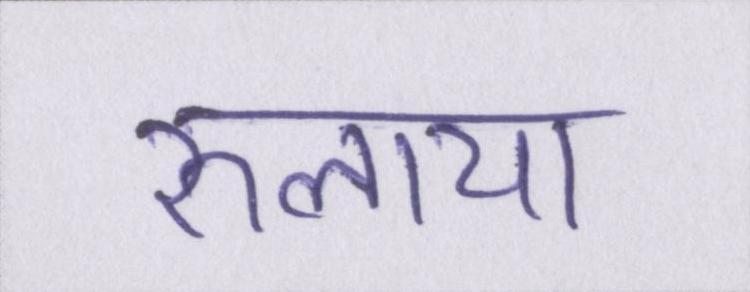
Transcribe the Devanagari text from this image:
रुलाया